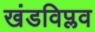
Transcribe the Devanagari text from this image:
खंडविप्लव